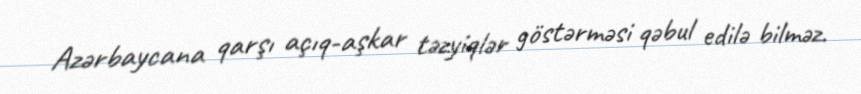
Azərbaycana qarşı açıq-aşkar təzyiqlər göstərməsi qəbul edilə bilməz.